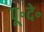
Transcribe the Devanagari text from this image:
पू॰दे॰